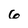
Character: 6